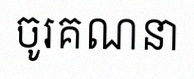
ចូរគណនា